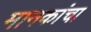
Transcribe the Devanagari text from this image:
मानकांचा